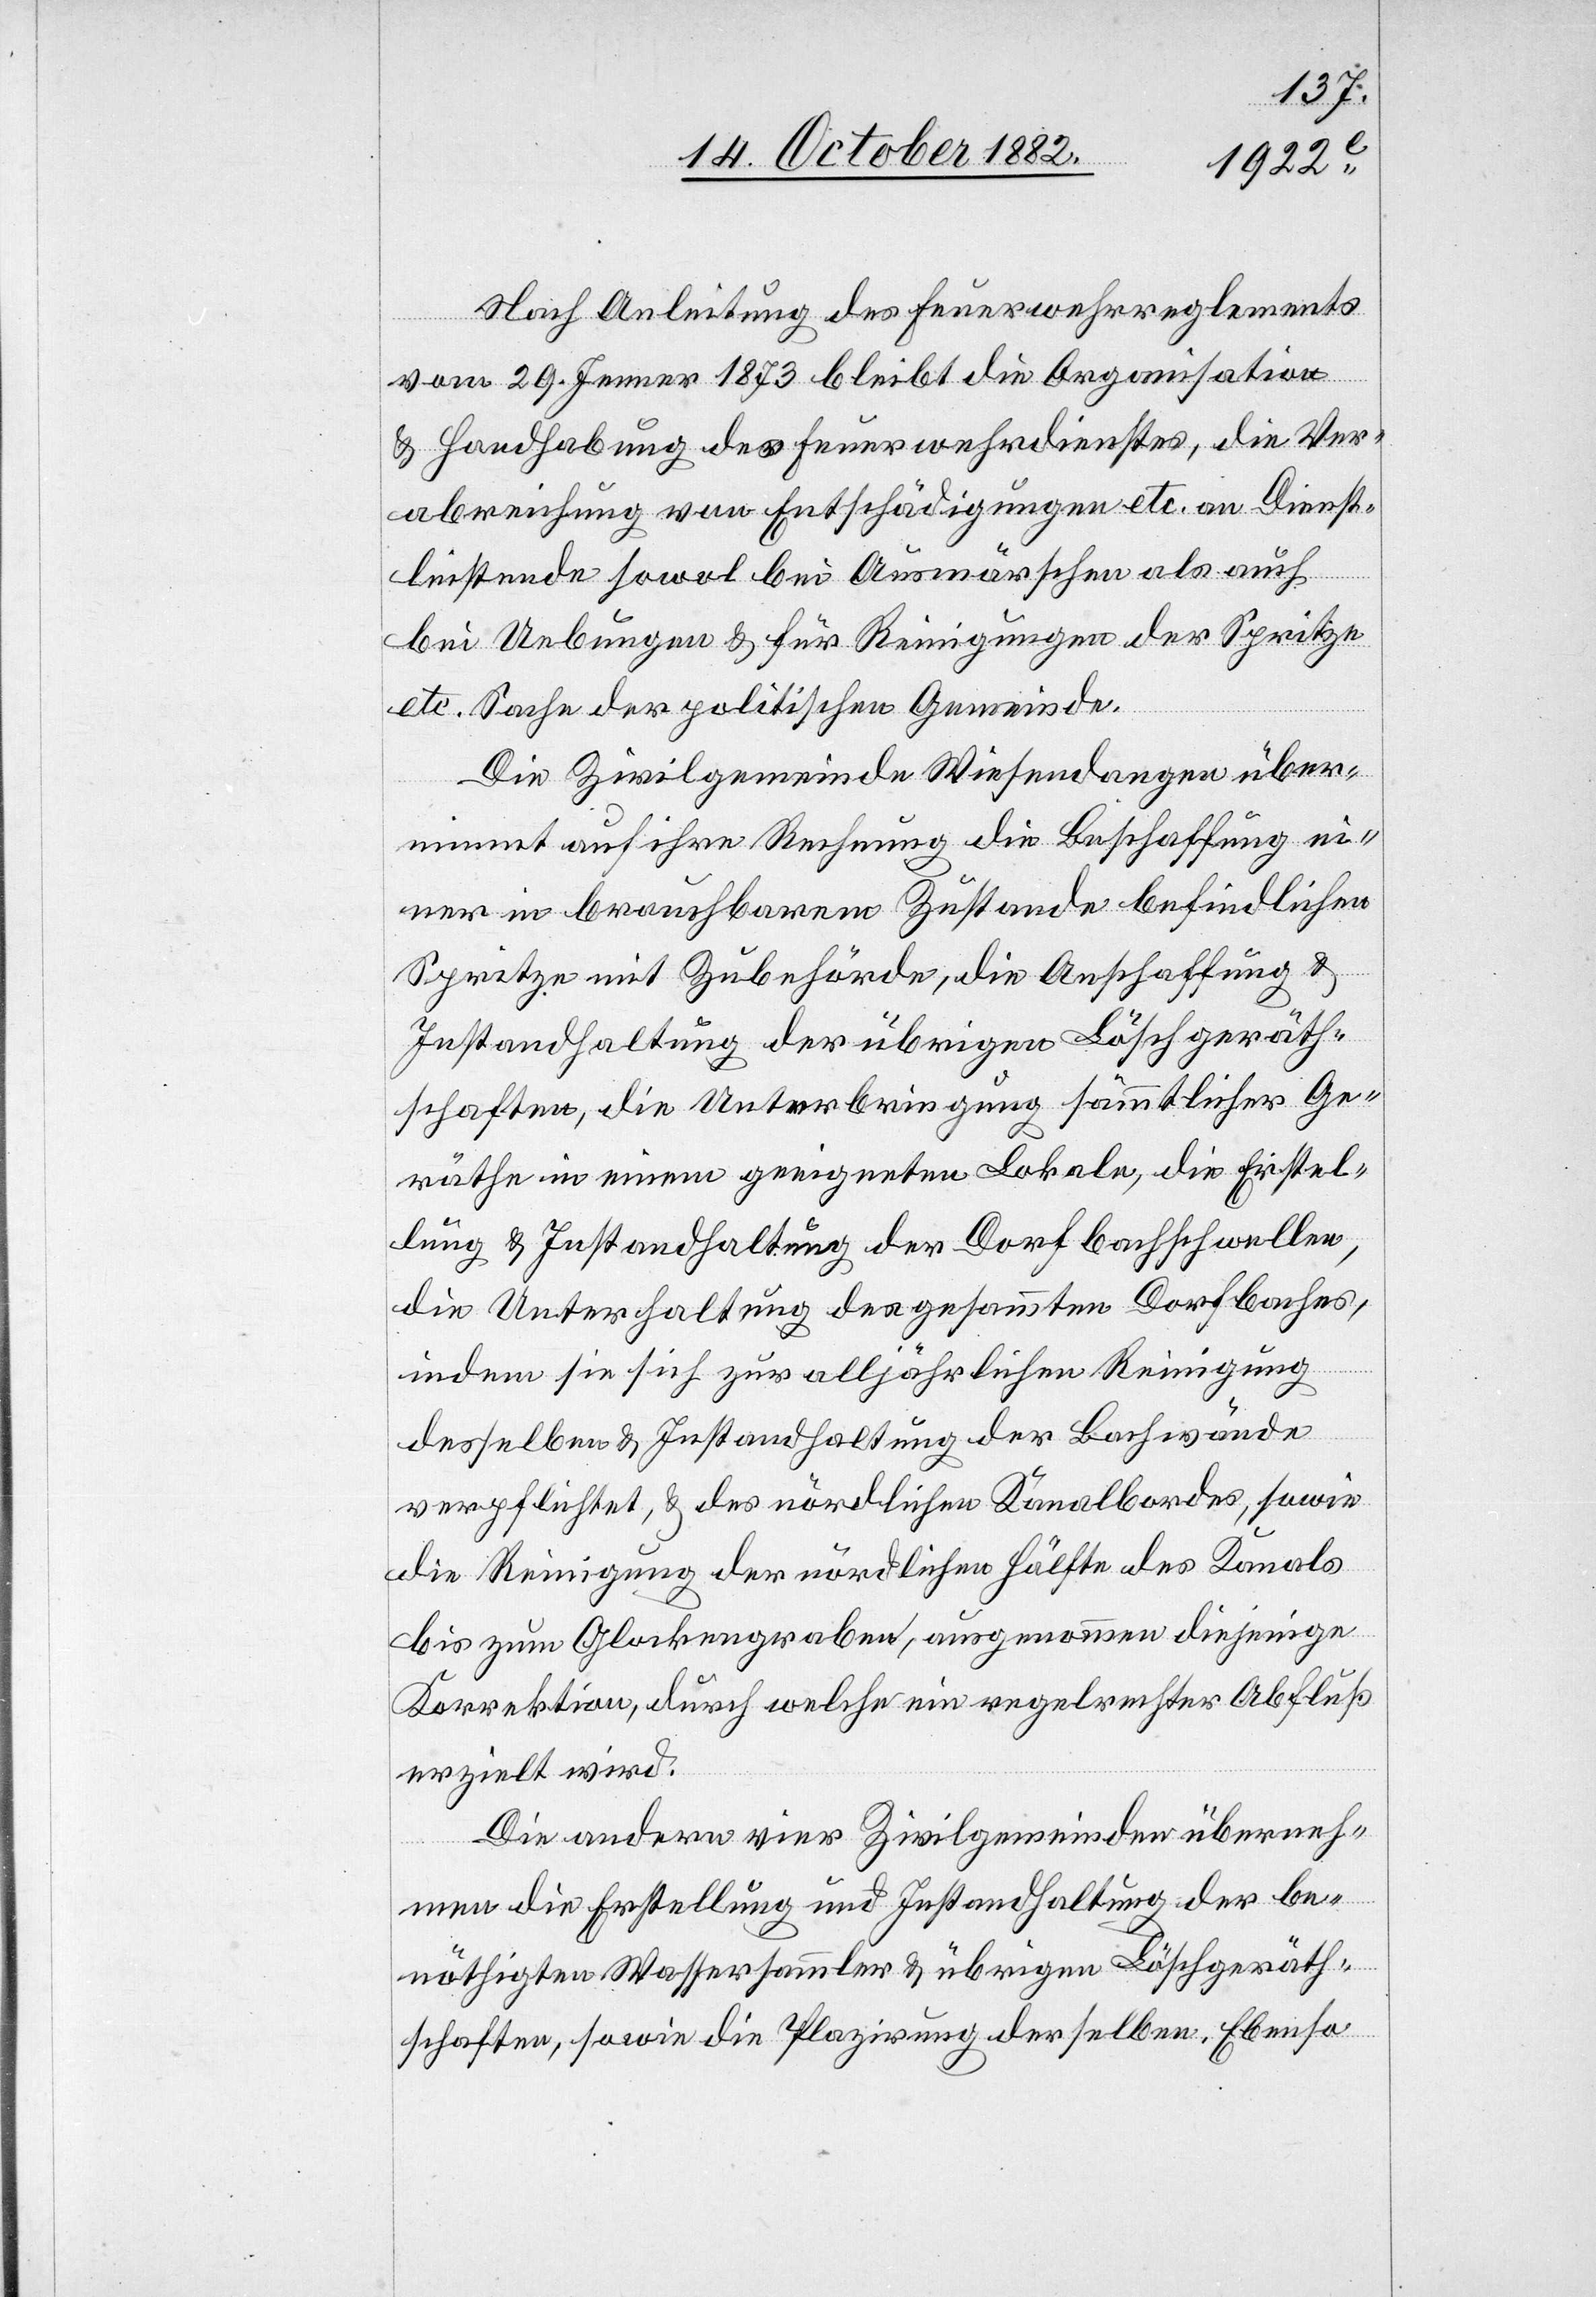
Nach Anleitung des Feuerwehrreglements
vom 29. Jenner 1873 bleibt die Organisation
& Handhabung des Feuerwehrdienstes, die Ver¬
abreichung von Entschädigungen etc. an Dienst¬
leistende sowol bei Ausmärschen als auch
bei Uebungen & für Reinigungen der Spritze
etc. Sache der politischen Gemeinde.
Die Zivilgemeinde Wiesendangen über¬
nimmt auf ihre Rechnung die Beschaffung ei¬
ner in brauchbarem Zustande befindlichen
Spritze mit Zubehörde, die Anschaffung &
Instandhaltung der übrigen Löschgeräth¬
schaften, die Unterbringung sämmtlicher Ge¬
räthe in einem geeigneten Lokale, die Erstel¬
lung & Instandhaltung der Dorfbachschwellen,
die Unterhaltung des gesammten Dorfbaches,
indem sie sich zur alljährlichen Reinigung
desselben & Instandhaltung der Bachwände
verpflichtet, & des nördlichen Kanalbordes, sowie
die Reinigung der nördlichen Hälfte des Kanals
bis zum Glockengraben, ausgenommen diejenige
Korrektion, durch welche ein regelrechter Abfluß
erzielt wird.
Die andern vier Zivilgemeinden überneh¬
men die Erstellung und Instandhaltung der be¬
nöthigten Wassersammler & übrigen Löschgeräth¬
schaften, sowie die Plazirung derselben. Ebenso